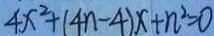
4 x ^ { 2 } + ( 4 n - 4 ) x + n ^ { 2 } = 0